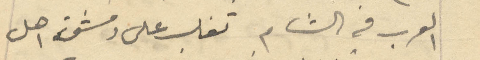
العرب في الشام تغلب على دمشق اهل